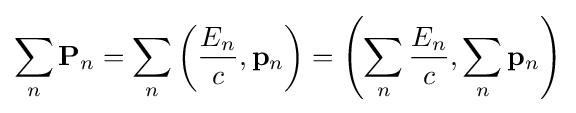
\sum _{n}\mathbf {P} _{n}=\sum _{n}\left({\frac {E_{n}}{c}},\mathbf {p} _{n}\right)=\left(\sum _{n}{\frac {E_{n}}{c}},\sum _{n}\mathbf {p} _{n}\right)